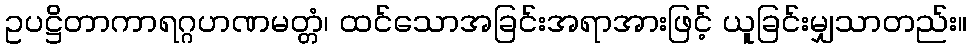
ဥပဋ္ဌိတာကာရဂ္ဂဟဏမတ္တံ၊ ထင်သောအခြင်းအရာအားဖြင့် ယူခြင်းမျှသာတည်း။